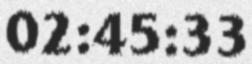
02:45:33